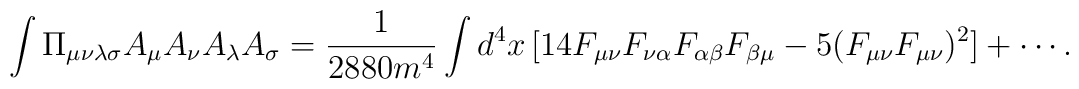
\int \Pi_{\mu\nu\lambda\sigma}A_\mu A_\nu A_\lambda A_\sigma =\frac{1}{2880m^4} \int d^4x\,[14 F_{\mu\nu} F_{\nu\alpha} F_{\alpha\beta} F_{\beta\mu} - 5(F_{\mu\nu}F_{\mu\nu})^2] + \cdots.